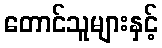
တောင်သူများနှင့်